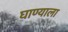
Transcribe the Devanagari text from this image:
घाण्याला